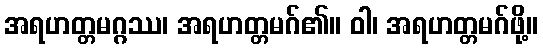
အရဟတ္တမဂ္ဂဿ၊ အရဟတ္တမဂ်၏။ ဝါ၊ အရဟတ္တမဂ်ဖို့။